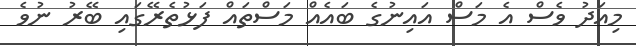
މިއަދު ވެސް އެ މަސް އައިނުގެ ބައެއް މަސްތައް ފަޅުތެރޭގައި ބޭރު ނުވެ